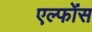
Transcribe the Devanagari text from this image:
एल्फोंस